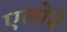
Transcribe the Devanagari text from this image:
एलोवे